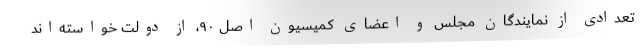
تعدادی از نمایندگان مجلس و اعضای کمیسیون اصل ۹۰، از دولت خواسته‌اند